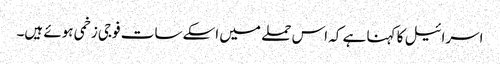
اسرائیل کا کہنا ہے کہ اس حملے میں اسکے سات فوجی زخمی ہوئے ہیں۔